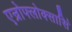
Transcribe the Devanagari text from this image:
एन्रोफ्लोक्सासिं